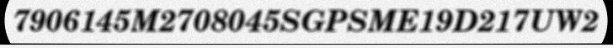
7906145M2708045SGPSME19D217UW2